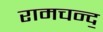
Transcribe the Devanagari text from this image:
रामचन्द॒